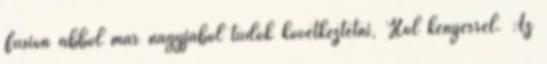
Fusion abból már nagyjából tudok következtetni, Hol kenyérrel. Az